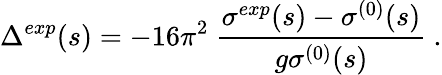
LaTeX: \Delta^{exp}(s)=-16\pi^{2}\ \frac{\sigma^{exp}(s)-\sigma^{(0)}(s)}{g\sigma^{(0)}(s)}\ .